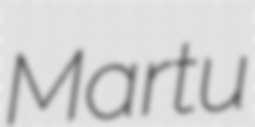
Martu